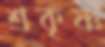
শ্রকৃষ্ণ